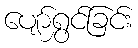
ပျော်ရွှင်ခြင်း